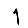
Digit: 1